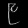
Digit: ၉